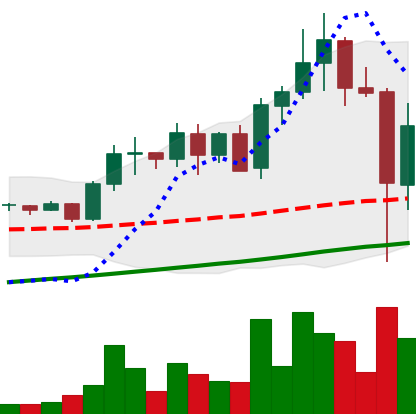
Ticker: ADA-USD
Chart end date: 2021-05-20
Forward return: -14.09%
Label: down_7plus